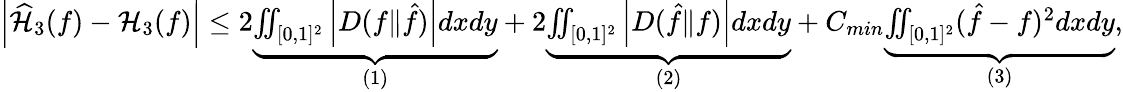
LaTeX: \begin{array}{r}{\left|\widehat{\mathcal{H}}_{3}(f)-\mathcal{H}_{3}(f)\right|\leq 2\underbrace{\iint_{[0,1]^{2}}\left|D(f\| \hat{f})\right|dxdy}_{(1)}+2\underbrace{\iint_{[0,1]^{2}}\left|D(\hat{f}\| f)\right|dxdy}_{(2)}+C_{min}\underbrace{\iint_{[0,1]^{2}}(\hat{f}-f)^{2}dxdy}_{(3)},}\end{array}